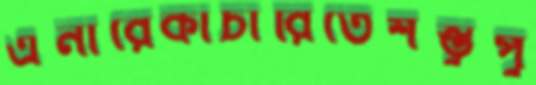
এনারেকাচারিতেশম্ভুপু